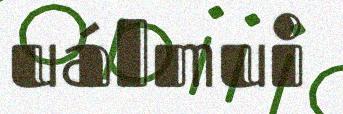
uálmui